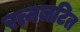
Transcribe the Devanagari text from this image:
रत्नजटित